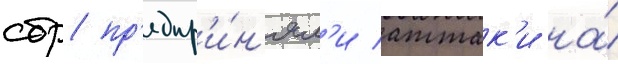
сбр пр'едпр'и́н'ял'и аттак'и на́